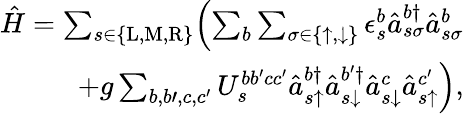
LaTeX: \begin{array}{r}{\hat{H}=\sum_{s\in\{ \mathrm{L},\mathrm{M},\mathrm{R}\} }\Bigl(\sum_{b}\sum_{\sigma\in\{ \uparrow,\downarrow\} }\epsilon_{s}^{b}\hat{a}_{s\sigma}^{b\dagger}\hat{a}_{s\sigma}^{b}}\\ {+g\sum_{b,b\prime,c,c^{\prime}}U_{s}^{bb^{\prime}cc^{\prime}}\hat{a}_{s\uparrow}^{b\dagger}\hat{a}_{s\downarrow}^{b^{\prime}\dagger}\hat{a}_{s\downarrow}^{c}\hat{a}_{s\uparrow}^{c^{\prime}}\Bigr),}\end{array}